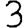
Digit: 3